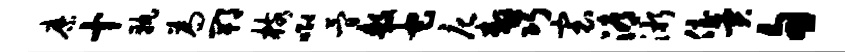
縻十孰为郫核唧简敖它庀嗷巧寰溽淅侄异旬